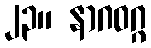
၂၃။ နာဂဝဂ္ဂ